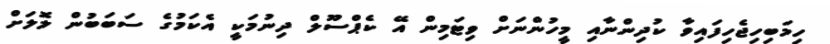
ހިމަބިހިޖެހިފައިވާ ކުދިންނާއި މީހުންނަށް ވިޓަމިން އޭ ކެޕްސޫލް ދިނުމަކީ އެކަމުގެ ސަބަބުން ލޮލަށް